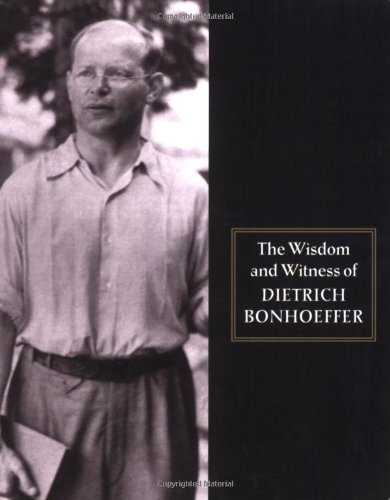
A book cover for Wisdom and Witness Bonhoeffer; Dietrich Bonhoeffer; Christian Books & Bibles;